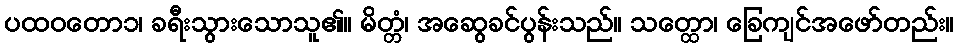
ပထဝတော၁၊ ခရီးသွားသောသူ၏။ မိတ္တံ၊ အဆွေခင်ပွန်းသည်။ သတ္ထော၊ ခြေကျင်အဖော်တည်း။